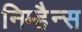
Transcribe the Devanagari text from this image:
निम्हैन्स